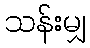
သန်းမျှ